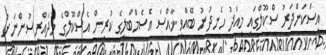
އިސްކަންދަރު ސްކޫލްގައި މިއަދު ހެނދުނު ބޭއްވި ޚާއްސަ އެސެމްބްލީގެ ކުރިން އެސްކޫލްގެ މުދައްރިސުންނަށް